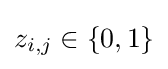
z_{i,j}\in \{0,1\}